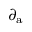
\partial _ { \mathrm { a } }